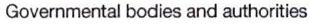
Governmental bodies and authorities